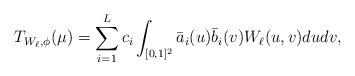
LaTeX: \begin{align*}T_{W_\ell,\phi}(\mu)=\sum_{i=1}^L c_i \int_{[0,1]^2}\bar a_i(u)\bar b_i(v)W_\ell(u,v) dudv,\end{align*}